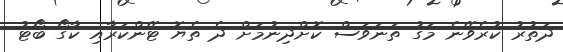
ދަތުރު ކުރެވޭނެ މަގު ތަނަވަސް ކޮށްދިނުމަށް ދެ ތެޔޮ ޓޭންކަރާއި ކާގޯ ބޯޓު